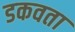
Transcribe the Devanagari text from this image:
डकवता